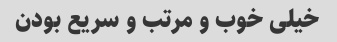
خیلی خوب و مرتب و سریع بودن